Vital statistics of India. Vol. V, Reports of 1876 on armies & jails and on epidemic cholera
Year: 1876
Disease focus: Cholera
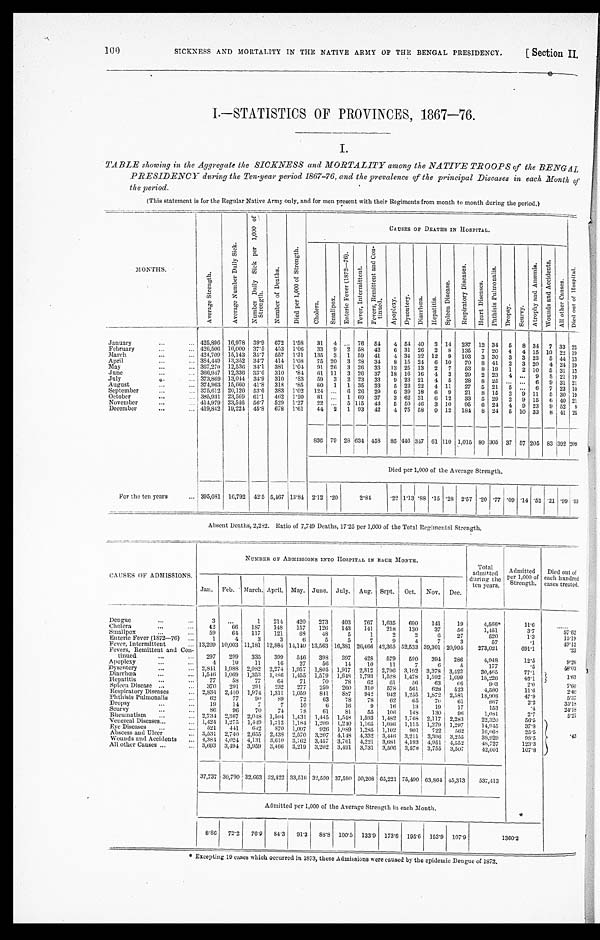
SICKNESS AND MORTALITY IN THE NATIVE ARMY OF THE BENGAL PRESIDENCY.
100
[Section II.
I.—STATISTICS OF PROVINCES, 1867—76.
I.
TABLE showing in the Aggregate the SICKNESS and MORTALITY among the NATIVE TROOPS of the BENGAL
PRESIDENCY during the Ten-year period 1867-76, and the prevalence of the principal Diseases in each Month of
the period.
(This statement is for the Regular Native Army only, and for men present with their Regiments from month to month during the period.)
MONTHS.
A v e r a g e S t r e n g t h .
A v e r a g e N u m b e r D a i l y S i c k .
N u m b e r D a i l y S i c k p e r 1 , 0 0 0 o f S t r e n g t h .
N u m b e r o f D e a t h s .
D i e d p e r 1 , 0 0 0 o f S t r e n g t h .
CAUSES OF DEATHS IN HOSPITAL.
D i e d o u t o f H o s p i t a l .
C h o l e r a .
S m a l l p o x .
E n t e r i c F e v e r ( 1 8 7 2 - 7 6 . ) .
F e v e r , I n t e r m i t t e n t .
F e v e r s , R e m i t t e n t a n d C o n - t i n u e d .
A p o p l e x y . D y s e n t e r y .
D i a r r h œ a .
H e p a t i t s .
S p l e e n D i s e a s e .
R e s p i r a t o r y D i s e a s e s .
H e a r t D i s e a s e s .
P h t h i s i s P u l m o n a l i s .
D r o p s y . S c u r v y .
A t r o p h y a n d A n æ m i a . W o u n d s a n d A c c i d e n t s .
A l l o t h e r C a u s e s .
January . . .
425,896 16,978 39.9 672 1.58 31 4
. . . 76 54
4 54 10 3 14 237 12 34 6 8 34 7 33 22
February . . . 426,506 16,000 37.5 453 1.06
33 9 2 58 42
6 31 26 2
8 135 7 20 4 4 15 10
2 2 1 9
March . . . 424,709 15,143 35.7 557 1.31 135 3 1 59 41
4 34 32 12 9 103 3 30 3 3 23 5 44 13
April . . . 384,449 13,352 34.7 414 1.08
75 20 3 28 34
8 15 24 6 10
70 8 41 2 3 20 4 24 19
May . . . 367,270 12,530 34.1 381 1.04 91 20 3 26 33 13 25 13 2 7
53 8 19 1 2 10 5 31 13
June . . . 366,947 12,336 33.6 310 .84 61 11 3 26 37 18 16 16 4 3
29 2 23
4 . . . 9
8 21 19
July . . . 373,869 13,044 34.9 310 .83
59 3 2 23 33
9 23 21 4 5
28 8 25
. . . . . . 6 9 31 21
A u g u s t . . . 374,963 15,660 41.8 318 .85
80 1 1 35 33
5 22 22 4 11
27 5 21 5
. . . 6 7 23 10
September . . .
375,612 20,120 53.6 3 3 8 3 1.02 124
. . . 6 26 29
6 39 18 6 9
21 8 15 2 9 11 5 30 19
October . . . 385,931 23,569 61.1 462 1.20
81
. . . 1 69 37
3 62 31 6 12
33 5 29 2 9 15 6
4 0 21
November . . .
414,979 23,546 56.7 529 1.27
22
. . . 5 115 43
6 50 46 3 10
95 6 24 4 9 23 9 52 8
December . . . 419,842 19,221 45.8 678 1.61
44 2 1 93 42
4 75 58 9 12 184 8 24
5 10 33 8 41 25
836 79 28 634 458 85 446 347 61 110 1,015 80 305 37 57 205 83 392 209
Died per 1,000 of the Average Strength.
For the ten years . . . 395,081 16,792 42.5 5,467 13.84 2.12 .20
2.84
.22 1.13 .88 .15 .28 2.57 .20 .77 .09 .14 .52 .21 .99 5 3
Absent Deaths, 2,282. Ratio of 7,749 Deaths, 17.25 per 1,000 of the Total Regimental Strength.
CAUSES OF ADMISSIONS.
NUMBER OF ADMISSIONS INTO HOSPITAL IN EACH MONTH.
Total
admitted
during the
ten years.
Admitted
per 1,000 of
Strength.
Died out of
each hundred
cases treated.
Jan. Feb. March. April. May. June. July. Aug. Sept. Oct. Nov. Dec.
Dengue . . .
3
. . .
1
214
420
273
403
767 1,635
690
141
19
4,566*
11.6
. . .
Cholera . . .
42
66
187
148
157
126
143
141
218
130
37
56
1,451
3.7
5 7 . 6 2
Smallpox . . .
59
64
117
121
6 8
48
5
1
2
2
6
27
520
1.3
15.19
Enteric Fever (1872—76) . . .
1
4
3
3
6
5
5
7
9
4
7
3
57
.1
49.12
Fever, Intermittent . . . 13,209 10,003 11,181 12,8841 14,140 13,563 16,381 26,466 42,365 52,533 39,301 20,995
273,021
691.1
. 2 3
Fevers, Remittent and Con -
tinued . . . 297
209
335
399
546
398
397
428
579
590
394
286
4,918
12.5
9. 26
Apoplexy . . .
4
10
11
16
27
50
14
10
11
7
6.
5
177
.5
48.02
Dysentery . . . 2,841 1,988 2,082 2,274 1,957 1,805 1,917 2,812 2,796 3,192 3,378 3,423
30,465
77.1
1.63
Diarrhœa . . . 1,546 1,009 1,353
1 , 4 8 6 1,455 1,579 1,648 1,793 1,528 1,478 1,592 1,699
18,226
46.1
Hepatitis . . .
77
58
77
64
71
70
73
62
61
56
63
6 6
8 0 3
2. 0
7 . 6 0
Spleen Disease . . .
370
291
291
232
277
259
260 310
575 561 628
523
4,580
11.6
2 , 4 0
Respiratory Diseases . . . 2,831 2,410 1,974 1,311 1,059
841
8 8 7
942
942 1,255 1,872 2,581
18,908
47.9
5.37
Phthisis Pulmonalis . . .
62
77
90
89
72
63
78
78
62
65
75
61
867
9.2
35. 18
Dropsy . . .
19
14
7
7
10
6
16
9
16
13
19
17
153
.4
2, 4. 18
Scurvy . .. 86
96
70
74
78
61
81
55
106
148
130
96
1,081
2.7
5 . 2 7
Rheumatism . . . 2,731 2,367 2,018 1,504 1,431 1,445 1,548 1,593 1,482 1,768 2,117 2,283
22,320
56.5
. 4 3
Venereal Diseases . . . 1,421 1,271 1,449 1,212 1,184 1,209 1,240 1,165 1,096 1,115 1,279 1,297
14,945
37.8
Eye Diseases . . . 521
441
642
870 1,007 926 1,089 1,235 1,102
901 522
562
10,069
25. 5
Abscess and Ulcer . . . 3,531 2,740 2,655 2,438 2,570 3,207 4,148 4,332 3,446 3,211 3,396 3,255
38,929
98.5
Wounds and Accidents . . . 4,384 4,024 4,131 3,610 3,762 3,457 3,761 4,221 3,681 4,193 4,951 4,552
48,727
123.3
All other Causes . . . 3,693 3,494 3,959 3,466 3,219 3,202 3,491 3,731 3,506 3,578 3,755 3,507
42,601
107.8
37,737 30,790 32,663 32,422 33,516 32,599 37,590 50,208 65,221 75,490 63,864 15,313
537,413
Admitted per 1,000 of the Average Strength in each Month.
8.86 72.2 76.9 84.3 91.3 88.8 100.5 133.9 173.6 195.6 153.9 107.9
1 3 6 0 . 2
* Except i ng 19 cas es whi ch occur r ed i n 1873, t hes e Admi s s i ons wer e caus ed by t he epi demi c Dengue of 1872.